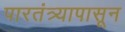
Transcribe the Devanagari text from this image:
पारतंत्र्यापासून